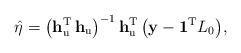
LaTeX: \begin{align*}\hat{\eta}=\bigl(\mathbf{h}_{\mathrm{u}}^{\mathrm{T}}\,\mathbf{h}_{\mathrm{u}}\bigr)^{-1}\,\mathbf{h}_{\mathrm{u}}^{\mathrm{T}}\,\bigl(\mathbf{y}-\mathbf{1}^{\mathrm{T}}L_{0}\bigr),\end{align*}